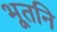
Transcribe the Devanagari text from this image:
भूतनि